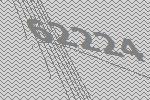
62224